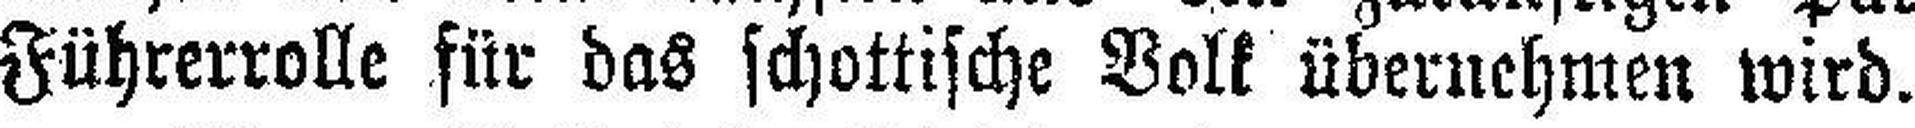
Führerrolle für das schottische Volk übernehmen wird.